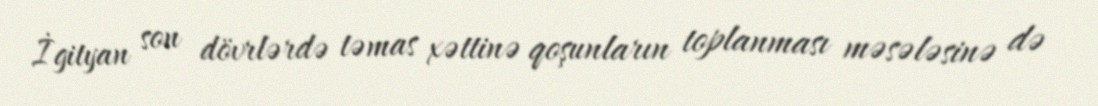
İgityan son dövrlərdə təmas xəttinə qoşunların toplanması məsələsinə də